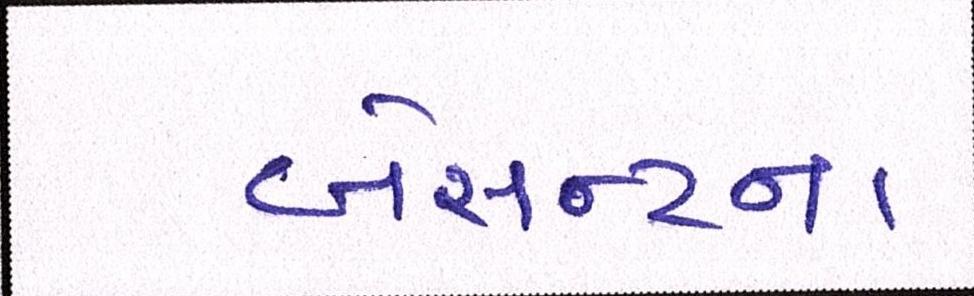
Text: બેસન્ટના